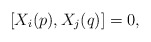
\begin{align*} [X_{i}(p),X_{j}(q)]=0,\end{align*}